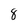
Character: 8